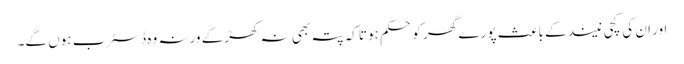
اور ان کی کچی نیند کے باعث پورے گھر کو حکم ہوتا کہ پتہ بھی نہ کھڑکے ورنہ وہ ڈسٹرب ہوں گے۔